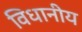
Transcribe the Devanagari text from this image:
विधानीय